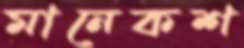
মানেকশ